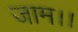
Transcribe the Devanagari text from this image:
जाम।।